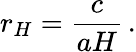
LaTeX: r_{H}=\frac{c}{aH}\, .